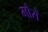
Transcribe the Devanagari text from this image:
मौरों